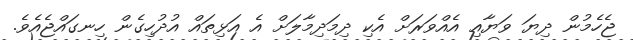
ޖެހެމުން ދިޔަ ވަޔާއި އެއްވަރަށް އެކި ދިމަދިމާލަށް އެ އަޅިތައް އުދުހިގެން ހިނގައްޖެއެވެ.